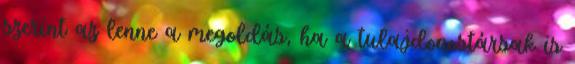
szerint az lenne a megoldás, ha a tulajdonostársak is